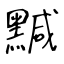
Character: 黬